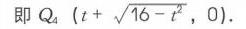
即 \(Q_{4}\left(t + \sqrt{16 - t^{2}},0\right)\) 。